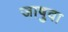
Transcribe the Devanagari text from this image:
जाषुवा